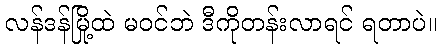
လန်ဒန်မြို့ထဲ မဝင်ဘဲ ဒီကိုတန်းလာရင် ရတာပဲ။